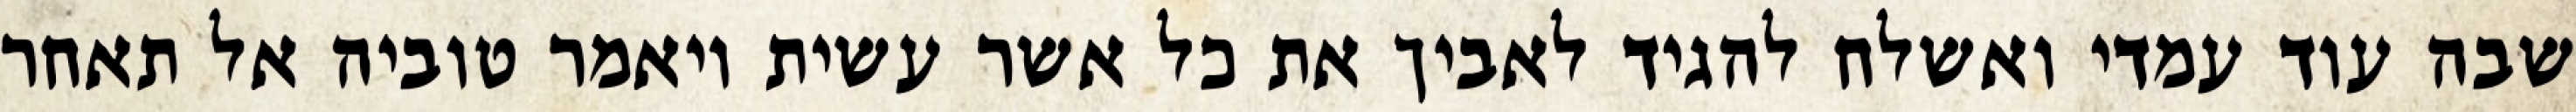
שבה עוד עמדי ואשלח להגיד לאביך את כל אשר עשית ויאמר טוביה אל תאחר